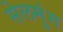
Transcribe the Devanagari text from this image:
सेलमुंग